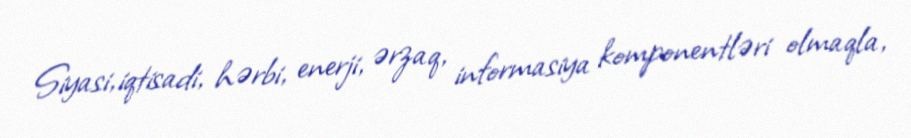
Siyasi, iqtisadi, hərbi, enerji, ərzaq, informasiya komponentləri olmaqla,